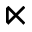
\ltimes